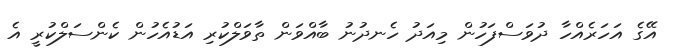
އޭގެ އަހަރެއްހާ ދުވަސްފަހުން މިއަދު ހެނދުނު ބާއްވަން ތާވަލްކުރި އަޑުއެހުން ކެންސަލްކުރީ އެ